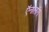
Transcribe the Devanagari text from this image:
ऍनालॉग